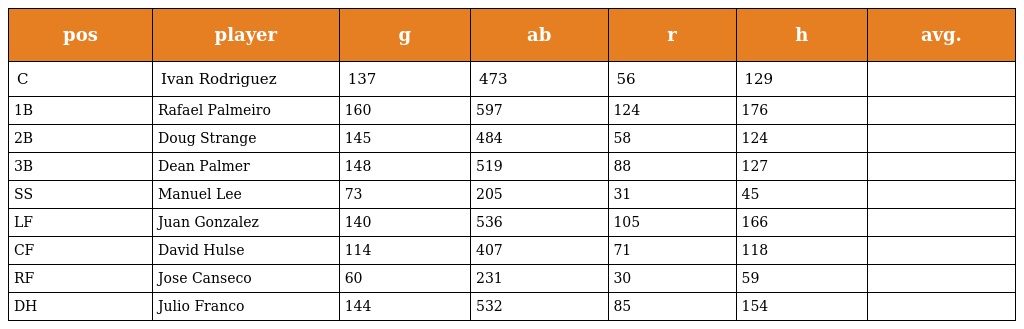
| pos | player | g | ab | r | h | avg. |
 | --- | --- | --- | --- | --- | --- | --- |
 | C | Ivan Rodriguez | 137 | 473 | 56 | 129 |  |
 | 1B | Rafael Palmeiro | 160 | 597 | 124 | 176 |  |
 | 2B | Doug Strange | 145 | 484 | 58 | 124 |  |
 | 3B | Dean Palmer | 148 | 519 | 88 | 127 |  |
 | SS | Manuel Lee | 73 | 205 | 31 | 45 |  |
 | LF | Juan Gonzalez | 140 | 536 | 105 | 166 |  |
 | CF | David Hulse | 114 | 407 | 71 | 118 |  |
 | RF | Jose Canseco | 60 | 231 | 30 | 59 |  |
 | DH | Julio Franco | 144 | 532 | 85 | 154 |  |